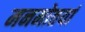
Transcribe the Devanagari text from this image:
मनमोतयां